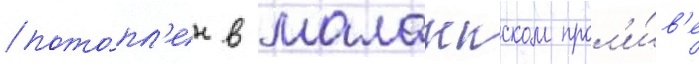
пото́пл'ен в малаккском прол'и́в'е